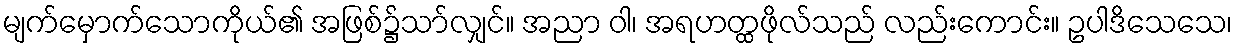
မျက်မှောက်သောကိုယ်၏ အဖြစ်၌သာ်လျှင်။ အညာ ဝါ၊ အရဟတ္ထဖိုလ်သည် လည်းကောင်း။ ဥပါဒိသေသေ၊